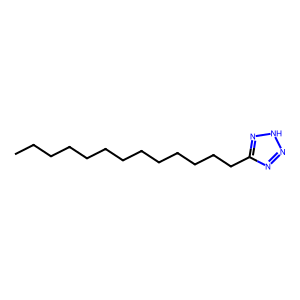
SMILES: CCCCCCCCCCCCCc1nn[nH]n1
Inhibits HIV replication: No